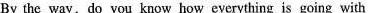
By the way,do you know how everything is going with